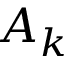
A _ { k }